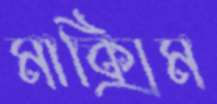
মাক্সিম